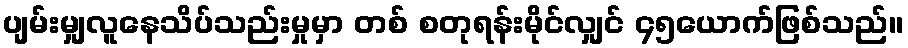
ပျမ်းမျှလူနေသိပ်သည်းမှုမှာ တစ် စတုရန်းမိုင်လျှင် ၄၅ယောက်ဖြစ်သည်။